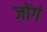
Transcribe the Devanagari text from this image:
जोंगं